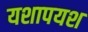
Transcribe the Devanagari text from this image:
यशापयश